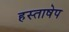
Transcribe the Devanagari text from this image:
हस्ताषेप